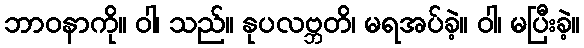
ဘာဝနာကို။ ဝါ၊ သည်။ နုပလဗ္ဘတိ၊ မရအပ်ခဲ့။ ဝါ၊ မပြီးခဲ့။